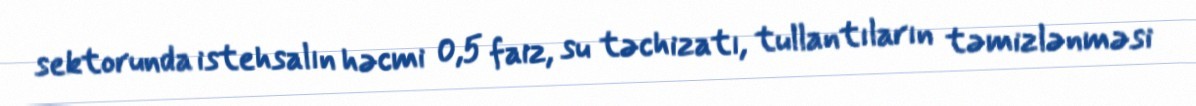
sektorunda istehsalın həcmi 0,5 faiz, su təchizatı, tullantıların təmizlənməsi